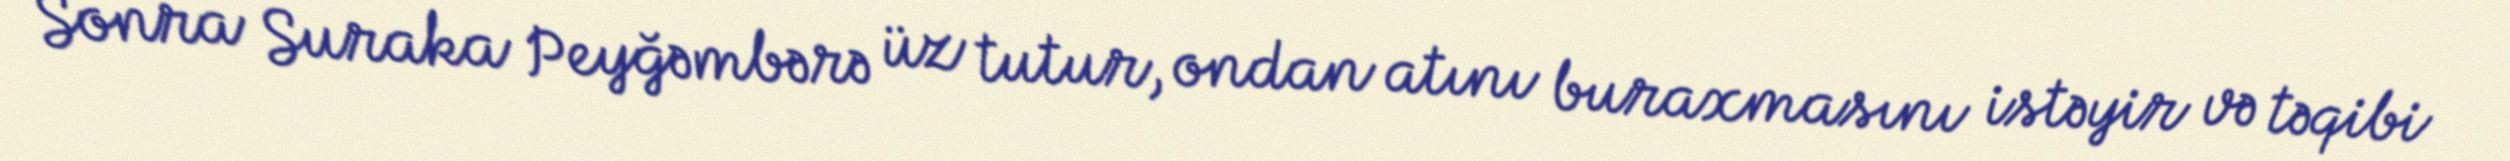
Sonra Suraka Peyğəmbərə üz tutur, ondan atını buraxmasını istəyir və təqibi